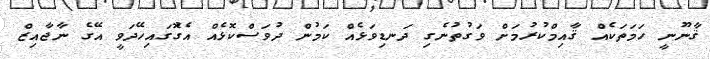
ޤާނޫނީ ހަމަތަކެއް ޤާއިމްކުރުމަށް ވަގުތުނެގި ދަނޑިވަޅެއް ކަމުން ދުވަސްކޮޅެއް އެގޮުގައިހޭދަވީ އޭގެ ނާޖާއިޒް